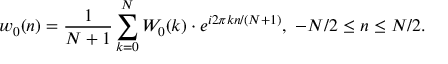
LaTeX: w _ { 0 } ( n ) = { \frac { 1 } { N + 1 } } \sum _ { k = 0 } ^ { N } W _ { 0 } ( k ) \cdot e ^ { i 2 \pi k n / ( N + 1 ) } , \ - N / 2 \leq n \leq N / 2 .